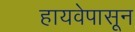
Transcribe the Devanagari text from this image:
हायवेपासून